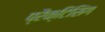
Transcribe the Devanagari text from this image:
प्रैक्टिसिंग